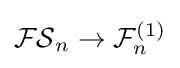
{\mathcal {FS}}_{n}\to {\mathcal {F}}_{n}^{(1)}